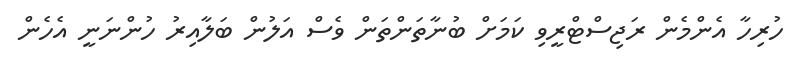
ހުރިހާ އެންމެން ރަޖިސްޓްރީވި ކަމަށް ބުނާތަންތަން ވެސް އަލުން ބަލާއިރު ހުންނަނީ އެހެން